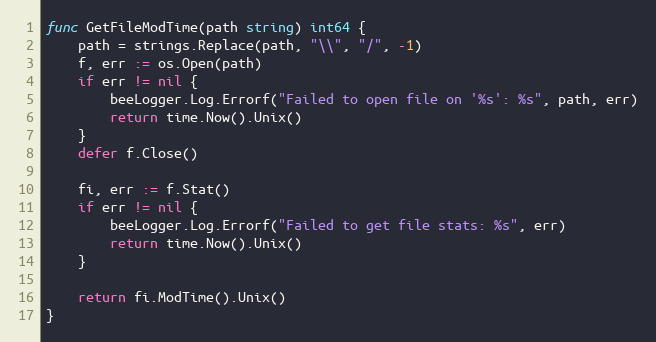
Language: Go
func GetFileModTime(path string) int64 {
	path = strings.Replace(path, "\\", "/", -1)
	f, err := os.Open(path)
	if err != nil {
		beeLogger.Log.Errorf("Failed to open file on '%s': %s", path, err)
		return time.Now().Unix()
	}
	defer f.Close()

	fi, err := f.Stat()
	if err != nil {
		beeLogger.Log.Errorf("Failed to get file stats: %s", err)
		return time.Now().Unix()
	}

	return fi.ModTime().Unix()
}